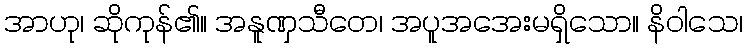
အာဟု၊ ဆိုကုန်၏။ အနူဏှသီတေ၊ အပူအအေးမရှိသော။ နိဝါသေ၊